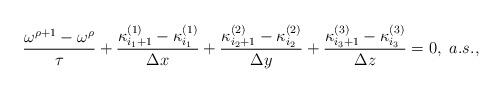
LaTeX: \begin{align*} \frac{\omega^{\rho+1}-\omega^{\rho}}{\tau}+\frac{\kappa_{i_1+1}^{(1)}-\kappa_{i_1}^{(1)}}{\Delta x}+\frac{\kappa_{i_2+1}^{(2)}-\kappa_{i_2}^{(2)}}{\Delta y}+\frac{\kappa_{i_3+1}^{(3)}-\kappa_{i_3}^{(3)}}{\Delta z}=0,~a.s.,\end{align*}